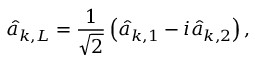
{ \hat { a } } _ { { \boldsymbol { k } } , L } = { \frac { 1 } { \sqrt { 2 } } } \left( { \hat { a } } _ { { \boldsymbol { k } } , 1 } - i { \hat { a } } _ { { \boldsymbol { k } } , 2 } \right) ,